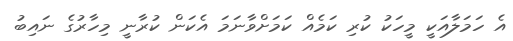
އެ ހަމަލާއަކީ މީހަކު ކުރި ކަމެއް ކަމަށްވާނަމަ އެކަން ކުރާނީ މިހާރުގެ ނައިބު